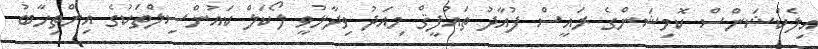
އިލެކްޝަންސް ކޮމިޝަންގެ ރައީސް ފުއާދު ތައުފީޤް މިއަދު ވިދާޅުވީ ލޯކަލް ކައުންސިލްތަކުގެ އިންތިހާބު